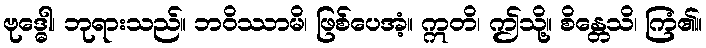
ဗုဒ္ဓေါ၊ ဘုရားသည်။ ဘဝိဿာမိ၊ ဖြစ်ပေအံ့။ ဣတိ၊ ဤသို့။ စိန္တေသိ၊ ကြံ၏။